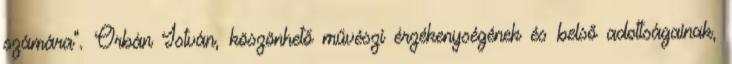
számára”. Orbán István, köszönhető művészi érzékenységének és belső adottságainak,